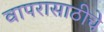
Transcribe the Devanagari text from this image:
वापरासाठीचे